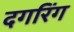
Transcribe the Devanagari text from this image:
दगरिंग